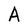
Character: A